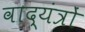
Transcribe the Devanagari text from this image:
वाद्यंत्रों